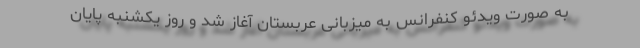
به صورت ویدئو کنفرانس به میزبانی عربستان آغاز شد و روز یکشنبه پایان